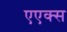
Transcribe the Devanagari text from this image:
एएक्स